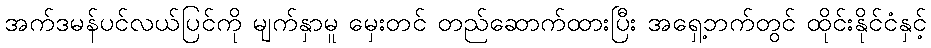
အက်ဒမန်ပင်လယ်ပြင်ကို မျက်နှာမူ မှေးတင် တည်ဆောက်ထားပြီး အရှေ့ဘက်တွင် ထိုင်းနိုင်ငံနှင့်